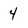
Character: 4